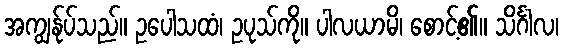
အကျွန်ုပ်သည်။ ဥပေါသထံ၊ ဥပုသ်ကို။ ပါလယာမိ၊ စောင့်၏။ သိင်္ဂါလ၊